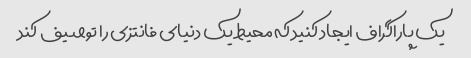
یک پاراگراف ایجاد کنید که محیط یک دنیای فانتزی را توصیف کند